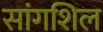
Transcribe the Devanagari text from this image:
सांगशिल